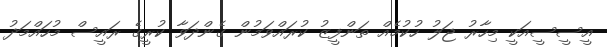
އީސީސީއަކީ މިހާރު ޖަލު ހުކުމެއް ތަންފީޒު ކުރައްވަމުން ގެންދަވާ ކުރީގެ ރައީސް މުހައްމަދު